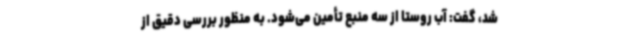
شد، گفت: آب روستا از سه منبع تأمین می‌شود. به منظور بررسی دقیق از